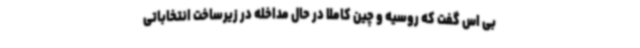
بی اس گفت که روسیه و چین کاملا در حال مداخله در زیرساخت انتخاباتی